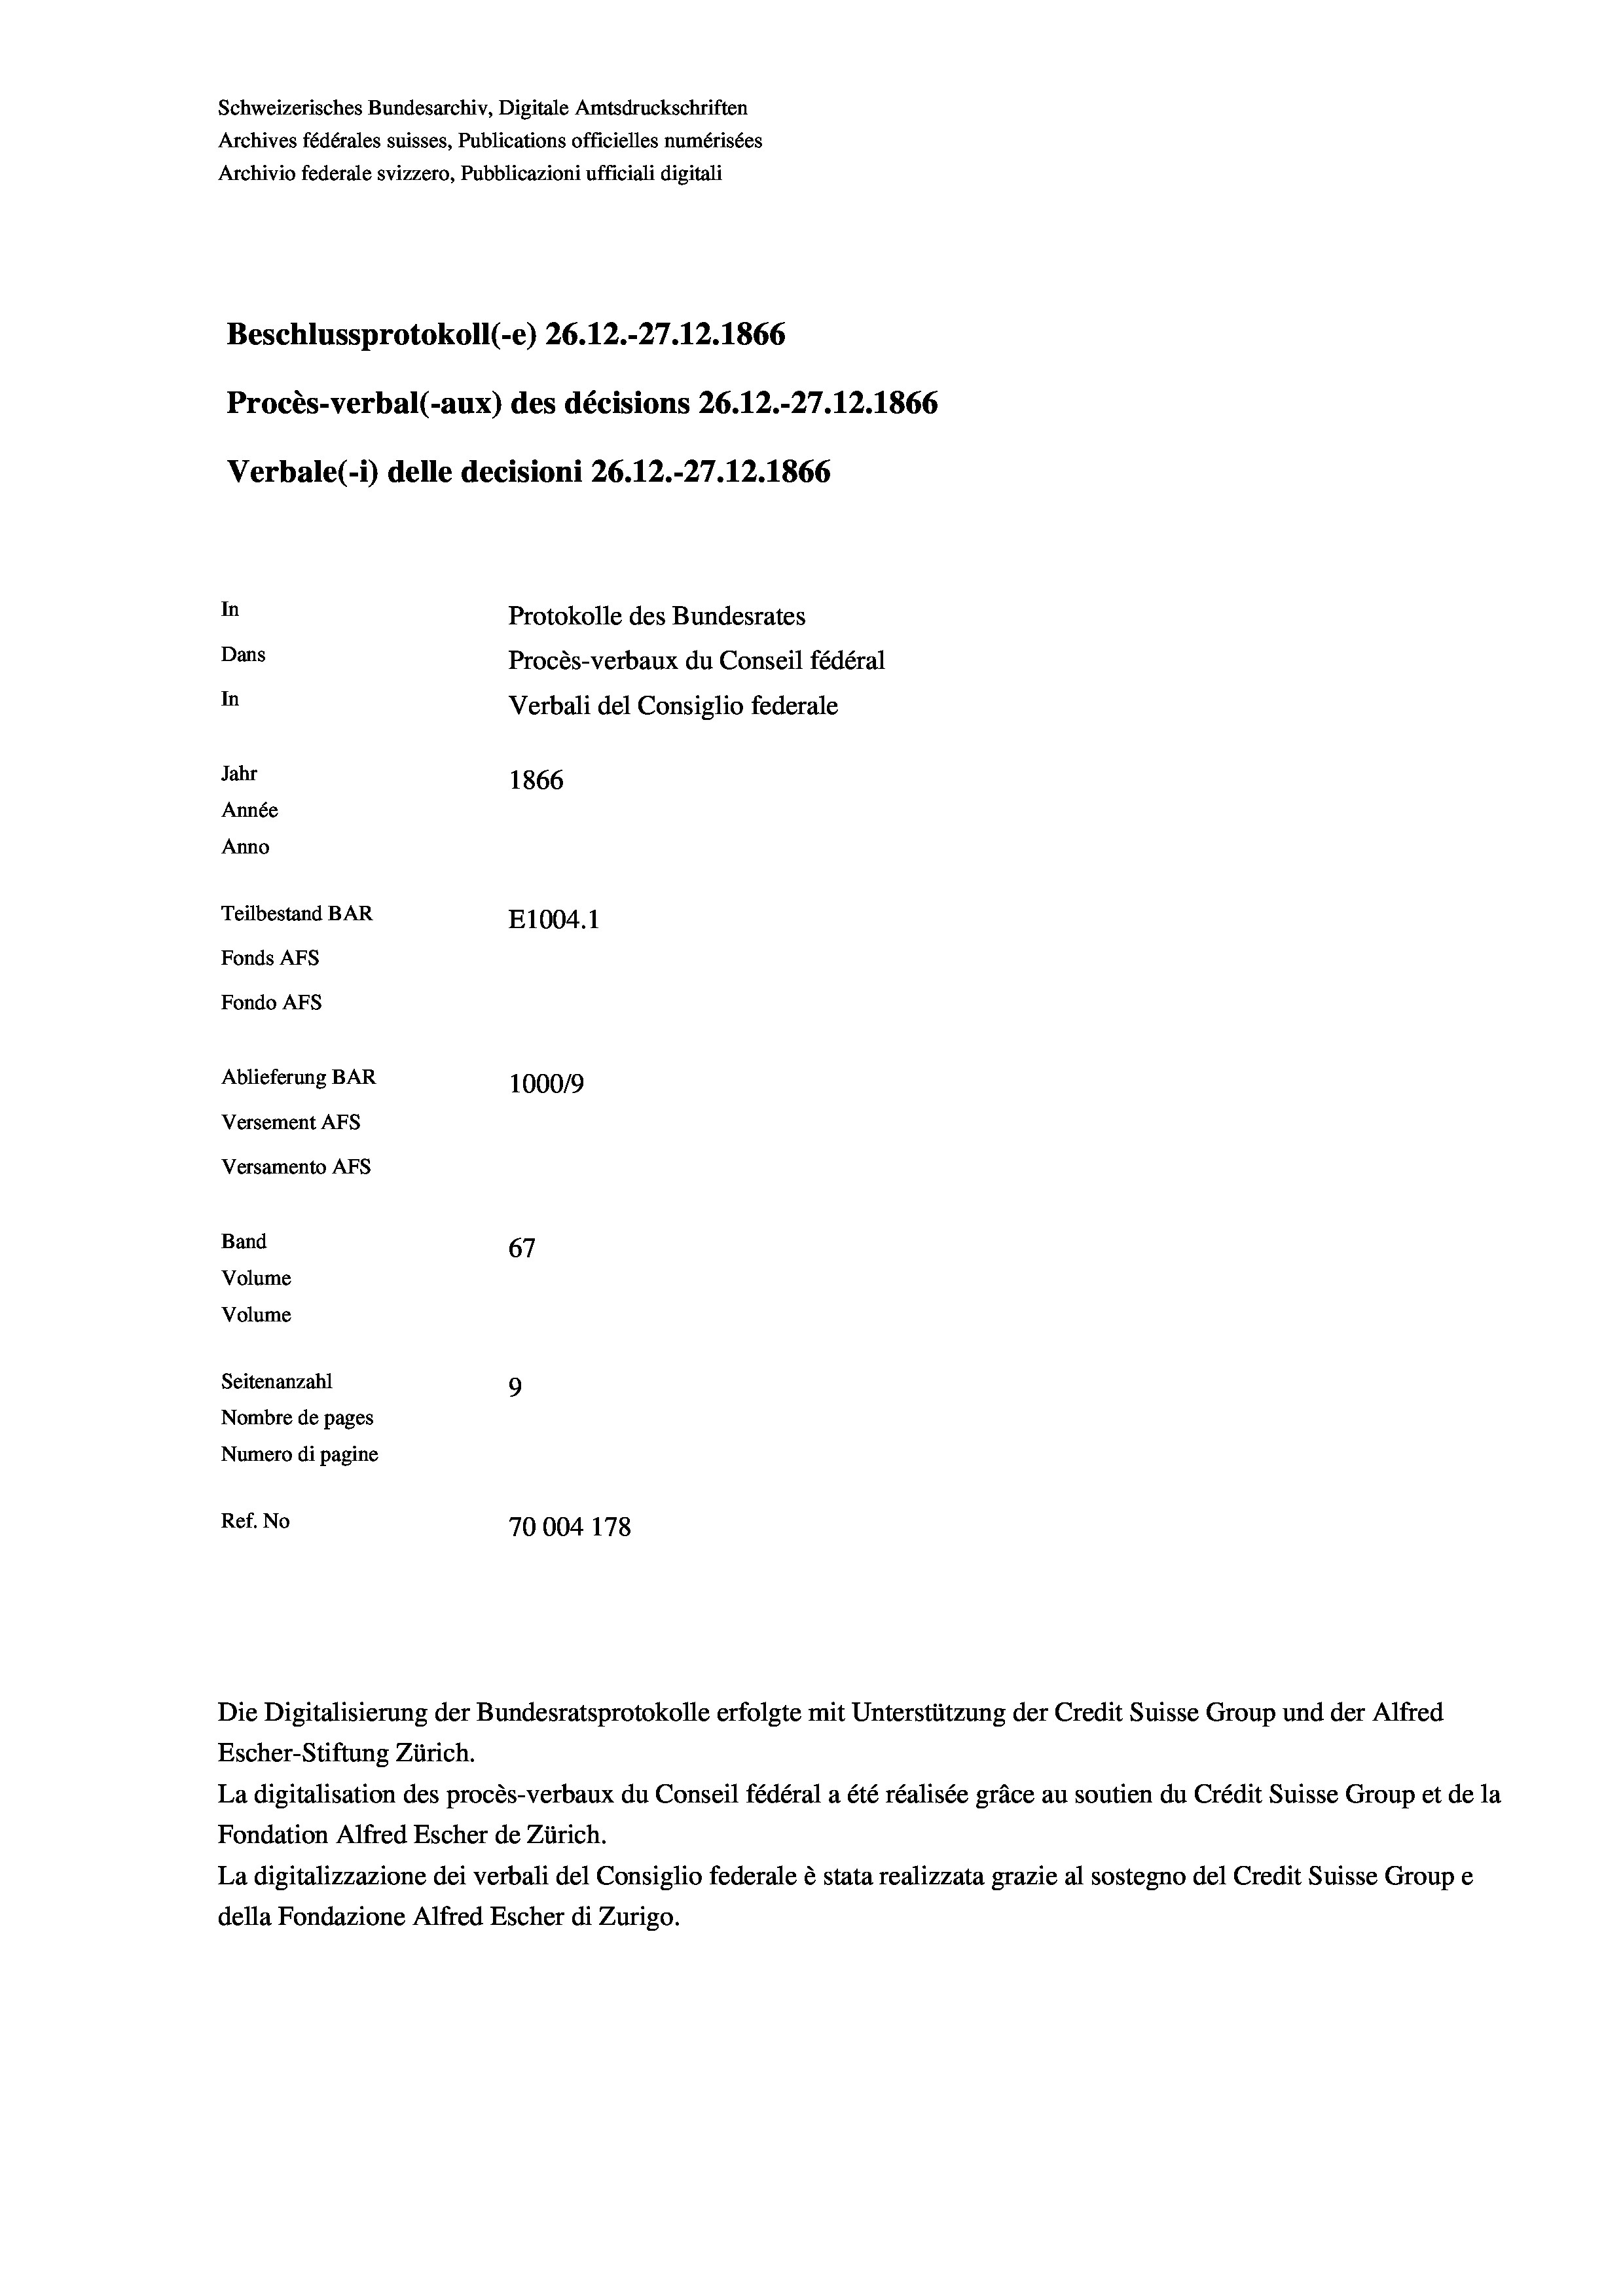
Schweizerisches Bundesarchiv, Digitale Amtsdruckschriften
Archives fédérales suisses, Publications officielles numérisées
Archivio federale svizzero, Pubblicazioni ufficiali digitali
Beschlussprotokoll (-e) 26.12.-27.12.1866
Procès-verbal (-aux) des décisions 26.12.-27.12.1866
Verbale (- 1) delle decisioni 26.12.-27.12.1866
In
Protokolle des Bundesrates
Dans
Procès-verbaux du Conseil fédéral
In
Verbali del Consiglio federale
Jahr
1866
Année
Anno
Teilbestand BAR
E1004. 1
Fonds AFs
Fondo AFS
Ablieferung BAR
100019
Versement As
Versamento AFs
Band
67
Volume
Volume
Seitenanzahl
9
Nombre de pages
Numero di pagine
Ref. No
70004 178

Escher-Stiftung Zürich.
La digitalisation des procès-verbaux du Conseil fédéral a été réalisée gräce au soutien du Crédit Suisse Group et de la
Fondation Alfred Escher de Zürich.
La digitalizzazione dei verbali del Consiglio federale è stata realizzata grazie al sostegno del Credit Suisse Groupe
della Fondazione Alfred Escher di Zurigo.

Die Digitalisierung der Bundesratsprotokolle erfolgte mit Unterstützung der Credit Suisse Group und der Alfred